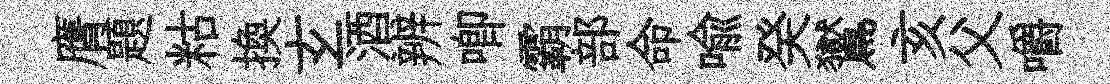
膺題䊀換𤣥酒辨唧霸部命喻癸鸑亥父嚼